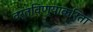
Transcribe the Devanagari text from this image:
वर्तविण्याकरिता